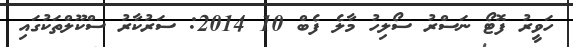
ހަވީރު ފޮޓޯ ނަސްރު ސޯލިހު މާލެ ފެބް 10 2014: ސަރުކާރު ސްކޫލްތަކުގައި